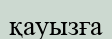
қауызға